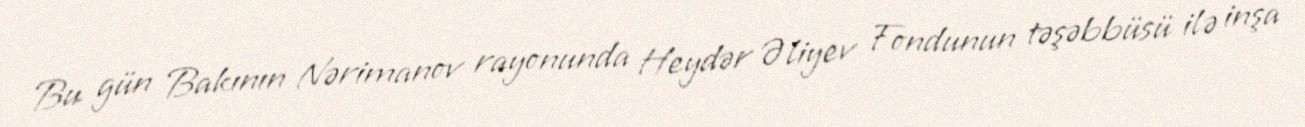
Bu gün Bakının Nərimanov rayonunda Heydər Əliyev Fondunun təşəbbüsü ilə inşa